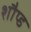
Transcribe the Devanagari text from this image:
शौप्ड